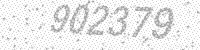
Solution: 902379